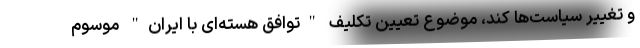
و تغییر سیاست‌ها کند، موضوع تعیین تکلیف "توافق هسته‌ای با ایران" موسوم